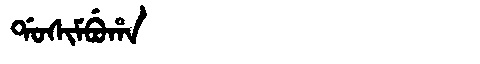
Manchu: ᡩᠣᠰᡳᠮᠪᡠᡥᠠ
Romanization: DOSIMBUHA